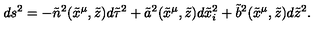
d s ^ { 2 } = - { \tilde { n } } ^ { 2 } ( { \tilde { x } } ^ { \mu } , { \tilde { z } } ) d { \tilde { \tau } } ^ { 2 } + { \tilde { a } } ^ { 2 } ( { \tilde { x } } ^ { \mu } , { \tilde { z } } ) d { \tilde { x } } _ { i } ^ { 2 } + { \tilde { b } } ^ { 2 } ( { \tilde { x } } ^ { \mu } , { \tilde { z } } ) d { \tilde { z } } ^ { 2 } .